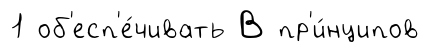
1 об'есп'е́чивать В пр'и́нципов